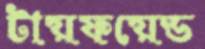
টায়ফয়েড